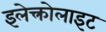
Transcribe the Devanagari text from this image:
इलेक्त्रोलाइट